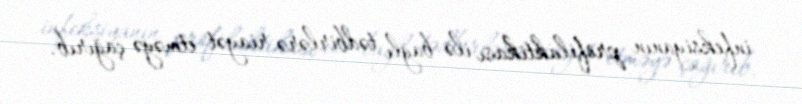
infeksiyanın profilaktikası ilə bağlı tədbirlərə riayət etməyə çağırıb.